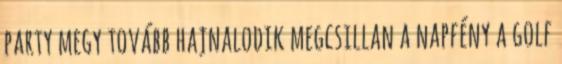
party megy tovább hajnalodik megcsillan a napfény a golf